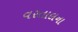
વરતાલના